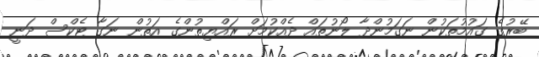
ބޭރުގެ ގައުމުތަކުން ނަގަމުންދާ ލޯނުތައް ދެއްކުމަށް ރައްޔިތުންގެ އަތުން ނަގާ ޓެކްސް ދަނީ